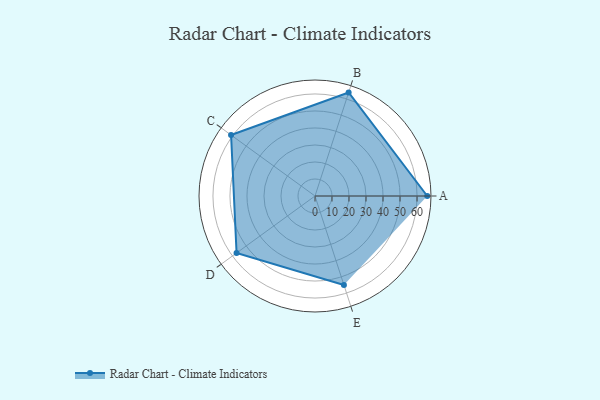
{"axis": {"x": "Skill", "y": "Score"}, "legend": ["Profile"], "data": [{"x": "A", "y": 66.0, "type": "Profile"}, {"x": "B", "y": 64.0, "type": "Profile"}, {"x": "C", "y": 61.0, "type": "Profile"}, {"x": "D", "y": 57.0, "type": "Profile"}, {"x": "E", "y": 55.0, "type": "Profile"}]}